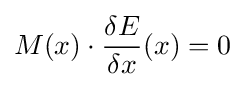
M(x)\cdot {\frac {\delta E}{\delta x}}(x)=0